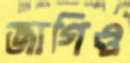
জাগিও